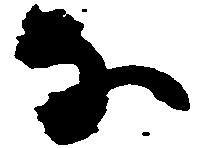
な